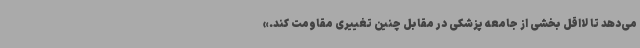
می‌دهد تا لااقل بخشی از جامعه پزشکی در مقابل چنین تغییری مقاومت کند.»